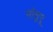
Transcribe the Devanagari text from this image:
मोसुपू